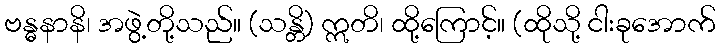
ဗန္ဓနာနိ၊ အဖွဲ့တို့သည်။ (သန္တိ) ဣတိ၊ ထို့ကြောင့်။ (ထိုသို့ ငါးခုအောက်